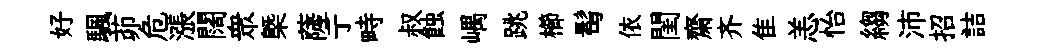
好颿茆危漲闊衆㮣薩亍畤叔蝕嵎跳櫛髩依閨齋齐隹恙怡縐沛招詰